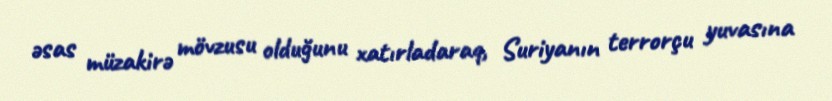
əsas müzakirə mövzusu olduğunu xatırladaraq, Suriyanın terrorçu yuvasına